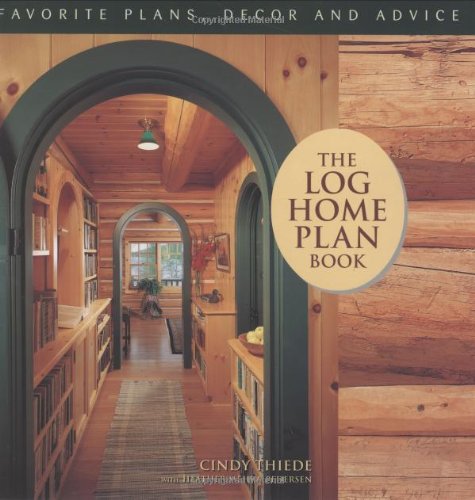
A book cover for The Log Home Plan Book - Favorite Plans, Decor and Advice; Cindy Thiede; Crafts, Hobbies & Home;